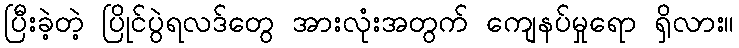
ပြီးခဲ့တဲ့ ပြိုင်ပွဲရလဒ်တွေ အားလုံးအတွက် ကျေနပ်မှုရော ရှိလား။